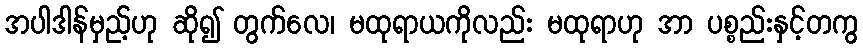
အပါဒါန်မှည့်ဟု ဆို၍ တွက်လေ၊ မထုရာယကိုလည်း မထုရာဟု အာ ပစ္စည်းနှင့်တကွ